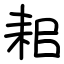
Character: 耜